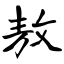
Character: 敖